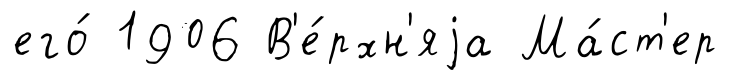
его́ 1906 В'е́рхн'яjа Ма́ст'ер